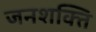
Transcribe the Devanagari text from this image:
जनशक्‍ति